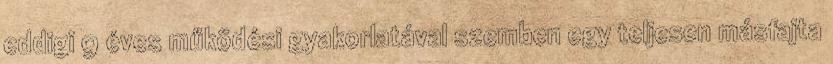
eddigi 9 éves működési gyakorlatával szemben egy teljesen másfajta